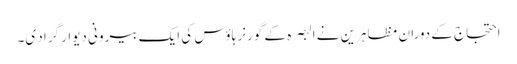
احتجاج کے دوران مظاہرین نے البصرہ کے گورنر ہاؤس کی ایک بیرونی دیوار گراد ی۔